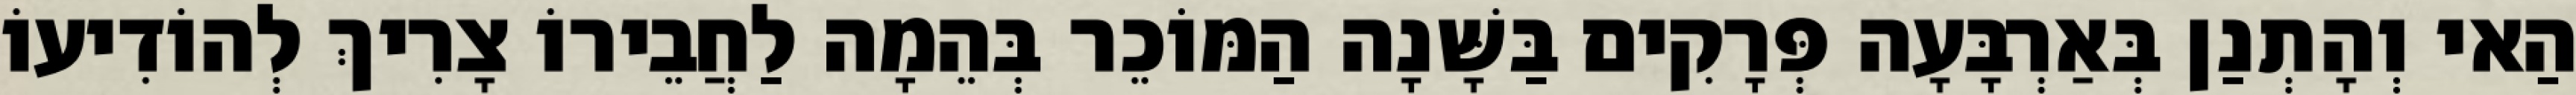
הַאי וְהָתְנַן בְּאַרְבָּעָה פְּרָקִים בַּשָּׁנָה הַמּוֹכֵר בְּהֵמָה לַחֲבֵירוֹ צָרִיךְ לְהוֹדִיעוֹ